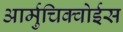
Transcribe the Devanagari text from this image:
आर्मुचिक्वोईस